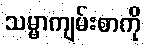
သမ္မာကျမ်းစာကို